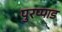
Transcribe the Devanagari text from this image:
पुरप्पाड